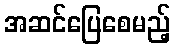
အဆင်ပြေစေမည့်